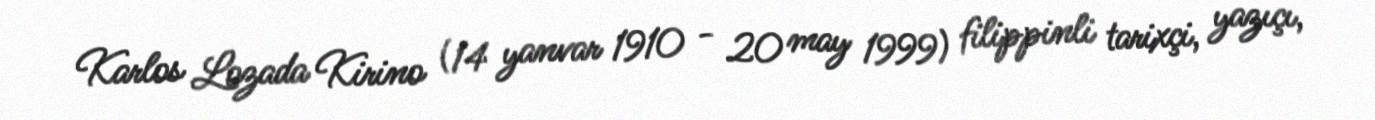
Karlos Lozada Kirino (14 yanvar 1910 - 20 may 1999) filippinli tarixçi, yazıçı,